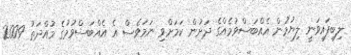
ލިބިފައިވަނީ ލިޔުމުން އެއްބަސްވުމެއްގެ ދަށުން ކަމަށްވި ނަމަވެސް އެ އެއްބަސްވުމުގެ މުއްދަތު 2009